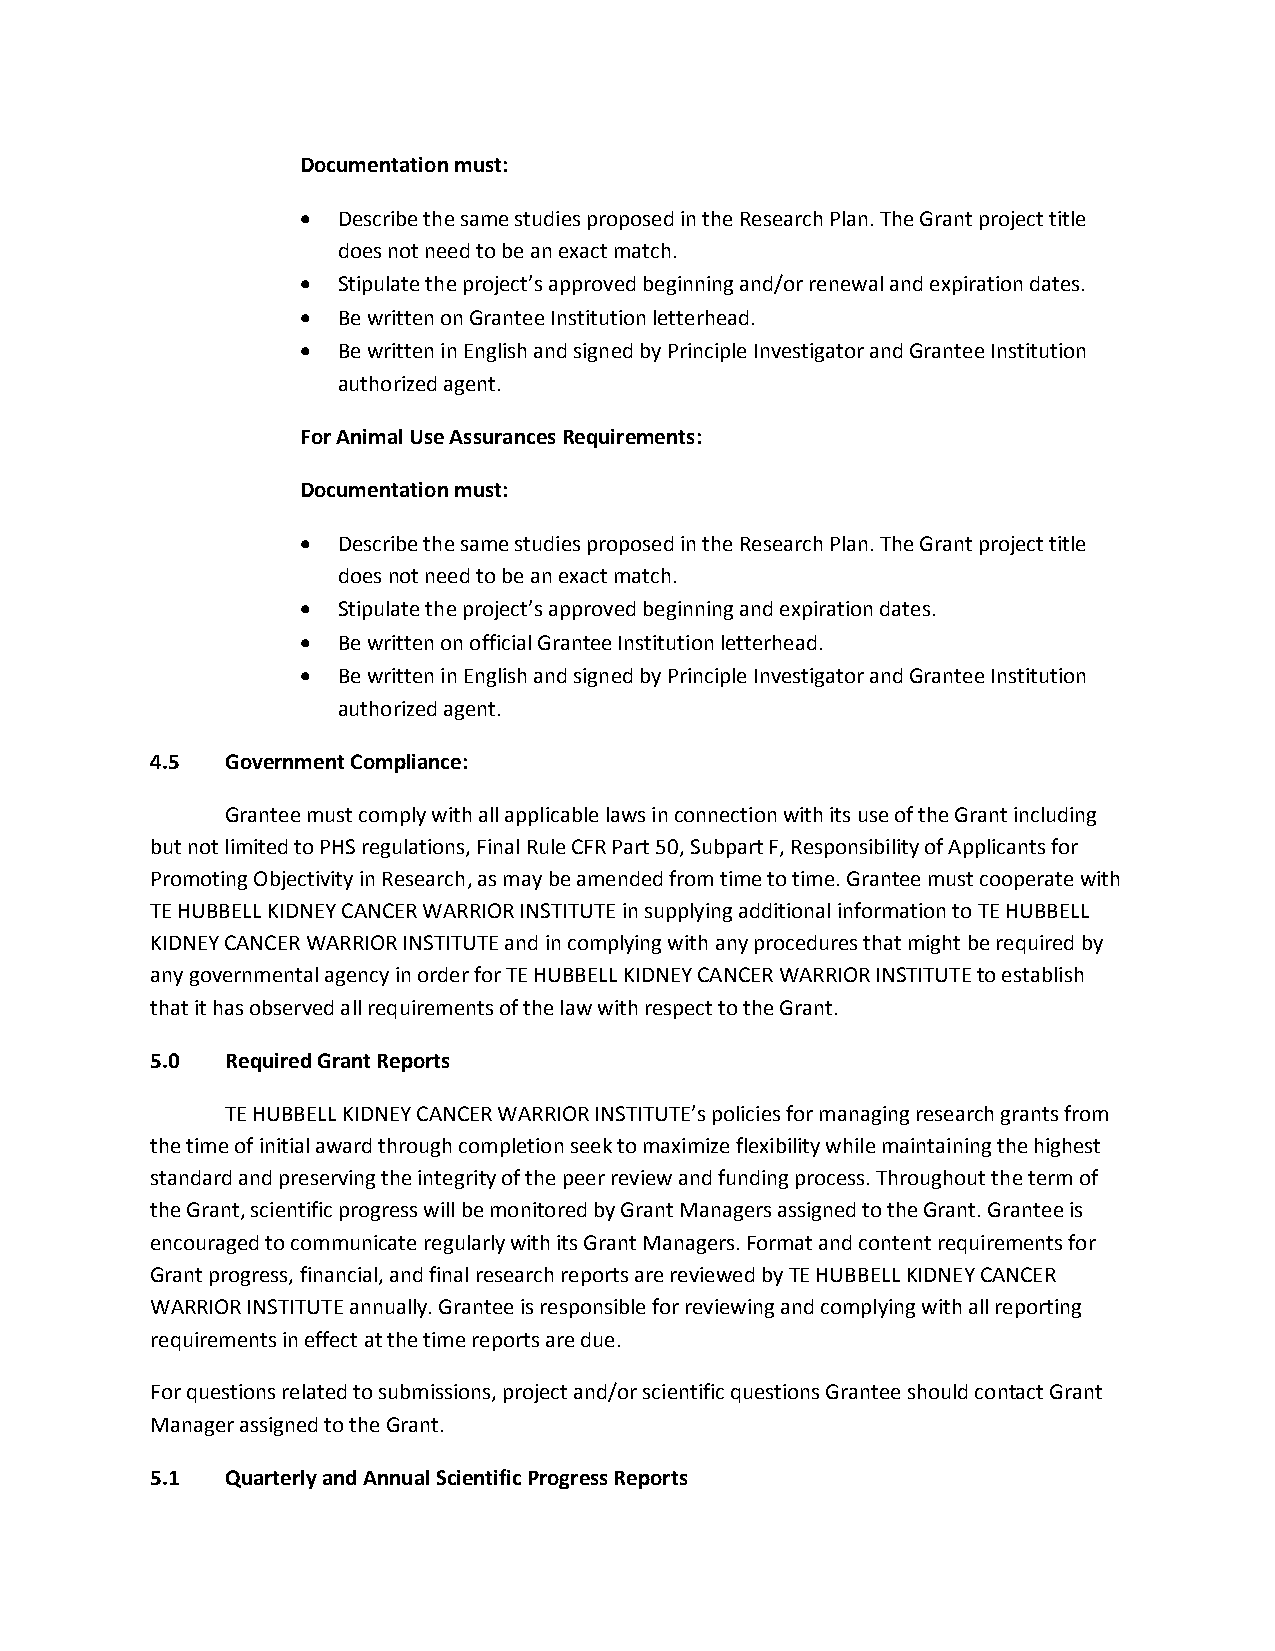
Documentation must:
  Describe the same studies proposed in the Research Plan. The Grant project title
 does not need to be an exact match.
  Stipulate the project’s approved beginning and/or renewal and expiration dates.
  Be written on Grantee Institution letterhead.
  Be written in English and signed by Principle Investigator and Grantee Institution
 authorized agent.
 For Animal Use Assurances Requirements:
 Documentation must:
  Describe the same studies proposed in the Research Plan. The Grant project title
 does not need to be an exact match.
  Stipulate the project’s approved beginning and expiration dates.
  Be written on official Grantee Institution letterhead.
  Be written in English and signed by Principle Investigator and Grantee Institution
 authorized agent.
 4.5  Government Compliance:
 Grantee must comply with all applicable laws in connection with its use of the Grant including
 but not limited to PHS regulations, Final Rule CFR Part 50, Subpart F, Responsibility of Applicants for
 Promoting Objectivity in Research, as may be amended from time to time. Grantee must cooperate with
 TE HUBBELL KIDNEY CANCER WARRIOR INSTITUTE in supplying additional information to TE HUBBELL
 KIDNEY CANCER WARRIOR INSTITUTE and in complying with any procedures that might be required by
 any governmental agency in order for TE HUBBELL KIDNEY CANCER WARRIOR INSTITUTE to establish
 that it has observed all requirements of the law with respect to the Grant.
 5.0  Required Grant Reports
 TE HUBBELL KIDNEY CANCER WARRIOR INSTITUTE’s policies for managing research grants from
 the time of initial award through completion seek to maximize flexibility while maintaining the highest
 standard and preserving the integrity of the peer review and funding process. Throughout the term of
 the Grant, scientific progress will be monitored by Grant Managers assigned to the Grant. Grantee is
 encouraged to communicate regularly with its Grant Managers. Format and content requirements for
 Grant progress, financial, and final research reports are reviewed by TE HUBBELL KIDNEY CANCER
 WARRIOR INSTITUTE annually. Grantee is responsible for reviewing and complying with all reporting
 requirements in effect at the time reports are due.
 For questions related to submissions, project and/or scientific questions Grantee should contact Grant
 Manager assigned to the Grant.
 5.1  Quarterly and Annual Scientific Progress Reports